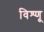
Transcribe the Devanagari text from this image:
विश्णू